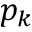
p _ { k }